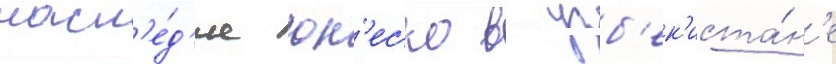
насл'е́д'ие юн'еско в узб'ек'иста́н'е